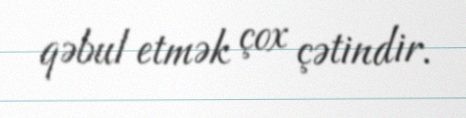
qəbul etmək çox çətindir.